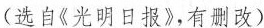
(选自《光明日报》，有删改)